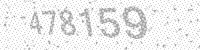
Solution: 478159